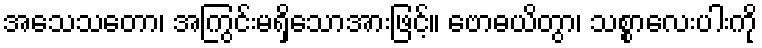
အသေသတော၊ အကြွင်းမရှိသောအားဖြင့်။ ဗောဓယိတွာ၊ သစ္စာလေးပါးကို